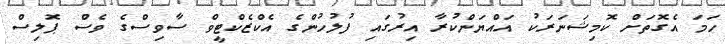
ހަމަ އެގޮތަށް ކޮމިޝަނަރަކު އައްޔަންކުރާ އިރުގައި ފުލުހުންގެ އެކްޒެކްޓީވް ސާވިސްގެ ވެސް ޕޮލިސް